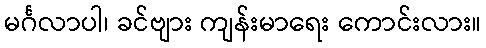
မင်္ဂလာပါ၊ ခင်ဗျား ကျန်းမာရေး ကောင်းလား။